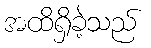
အထိရှိခဲ့သည်